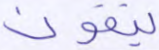
يتقون